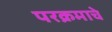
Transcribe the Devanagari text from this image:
परक्रमाचे